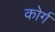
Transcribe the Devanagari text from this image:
कोर्ग